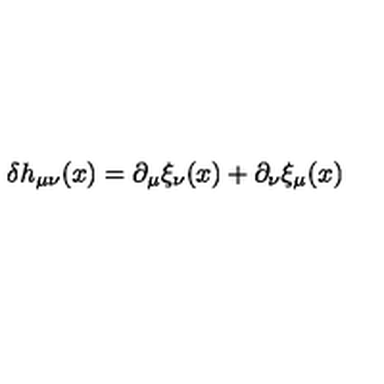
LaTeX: \delta h _ { \mu \nu } ( x ) = \partial _ { \mu } \xi _ { \nu } ( x ) + \partial _ { \nu } \xi _ { \mu } ( x )